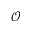
\mathcal { O }